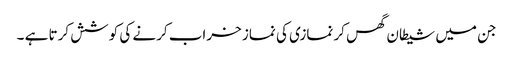
جن میں شیطان گھس کر نمازی کی نماز خراب کرنے کی کوشش کرتا ہے ۔